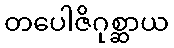
တပေါဇိဂုစ္ဆာယ